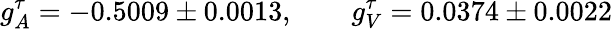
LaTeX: g_{A}^{\tau}=-0.5009\pm 0.0013,\qquad g_{V}^{\tau}=0.0374\pm 0.0022